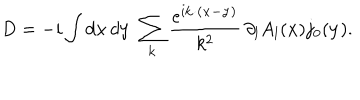
D = - i \int { } d { \bf x } \, d { \bf y } \ \sum _ { \bf k } \frac { e ^ { i { \bf k \cdot ( x - y ) } } } { k ^ { 2 } } \, \partial _ { l } A _ { l } ( { \bf x } ) j _ { 0 } ( { \bf y } ) .